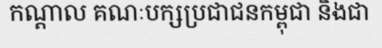
កណ្តាល គណៈបក្សប្រជាជនកម្ពុជា និងជា